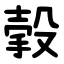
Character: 㨌